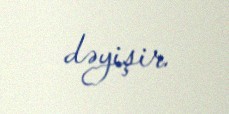
dəyişir.